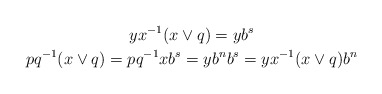
\begin{gather*}yx^{-1}(x\vee q)=yb^s\\pq^{-1}(x\vee q)=pq^{-1}xb^s=yb^nb^s= yx^{-1}(x\vee q)b^n\end{gather*}